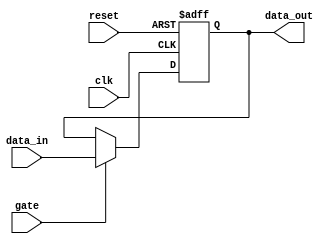
module gated_latch (
    input wire gate,
    input wire clk,
    input wire reset,
    input wire data_in,
    output reg data_out
);

always @(posedge clk or posedge reset)
begin
    if (reset)
        data_out <= 1'b0; // Clear stored data to predetermined value
    else if (gate)
        data_out <= data_in; // Transparent when gate is high
end

endmodule